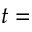
t =